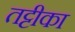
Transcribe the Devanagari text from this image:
तट्टीका